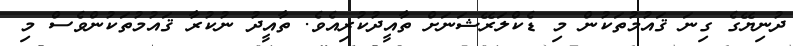
ދުނިޔޭގެ ގިނަ ޤައުމުތަކުން މި ޑެކްލަރޭޝަނަށް ތާއީދުކުރިއެވެ. ތާއީދު ނުކުރާ ޤައުމުތަކުންވެސް މި